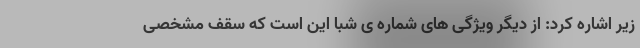
زیر اشاره کرد: از دیگر ویژگی های شماره ی شبا این است که سقف مشخصی